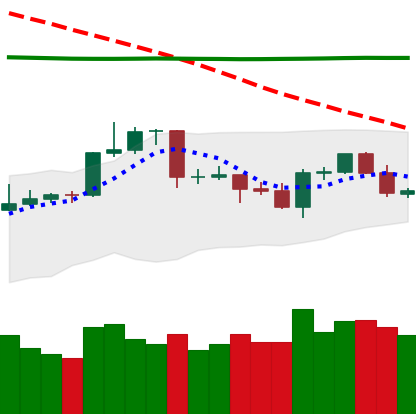
Ticker: LTC-USD
Chart end date: 2020-04-21
Forward return: 8.891%
Label: up_7plus